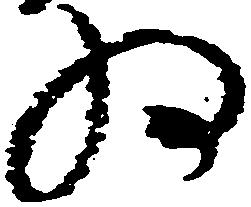
為